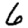
Digit: 6